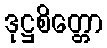
ဒုဋ္ဌစိတ္တော